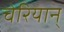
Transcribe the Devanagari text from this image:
चेरियान्